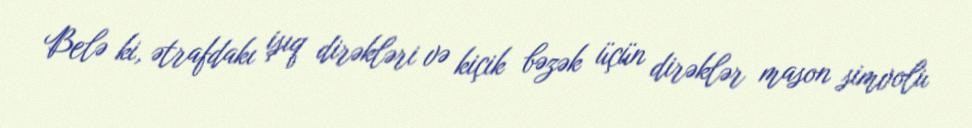
Belə ki, ətrafdakı işıq dirəkləri və kiçik bəzək üçün dirəklər mason simvolu